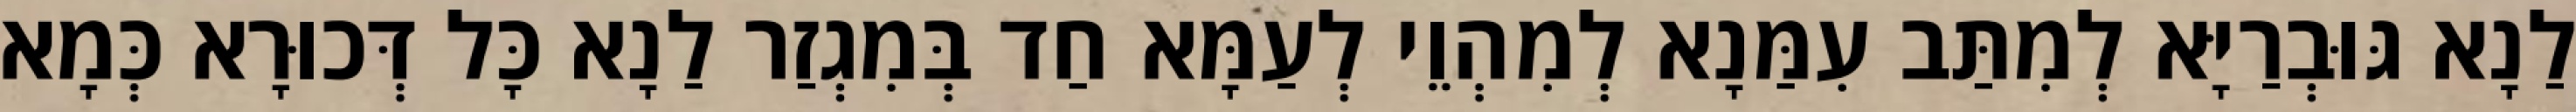
לַנָא גּוּבְרַיָּא לְמִתַּב עִמַּנָא לְמִהְוֵי לְעַמָּא חַד בְּמִגְזַר לַנָא כָּל דְּכוּרָא כְּמָא